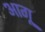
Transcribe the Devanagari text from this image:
आगू